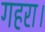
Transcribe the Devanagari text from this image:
गहरा।